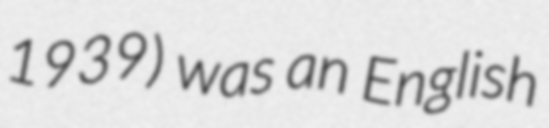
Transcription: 1939) was an English